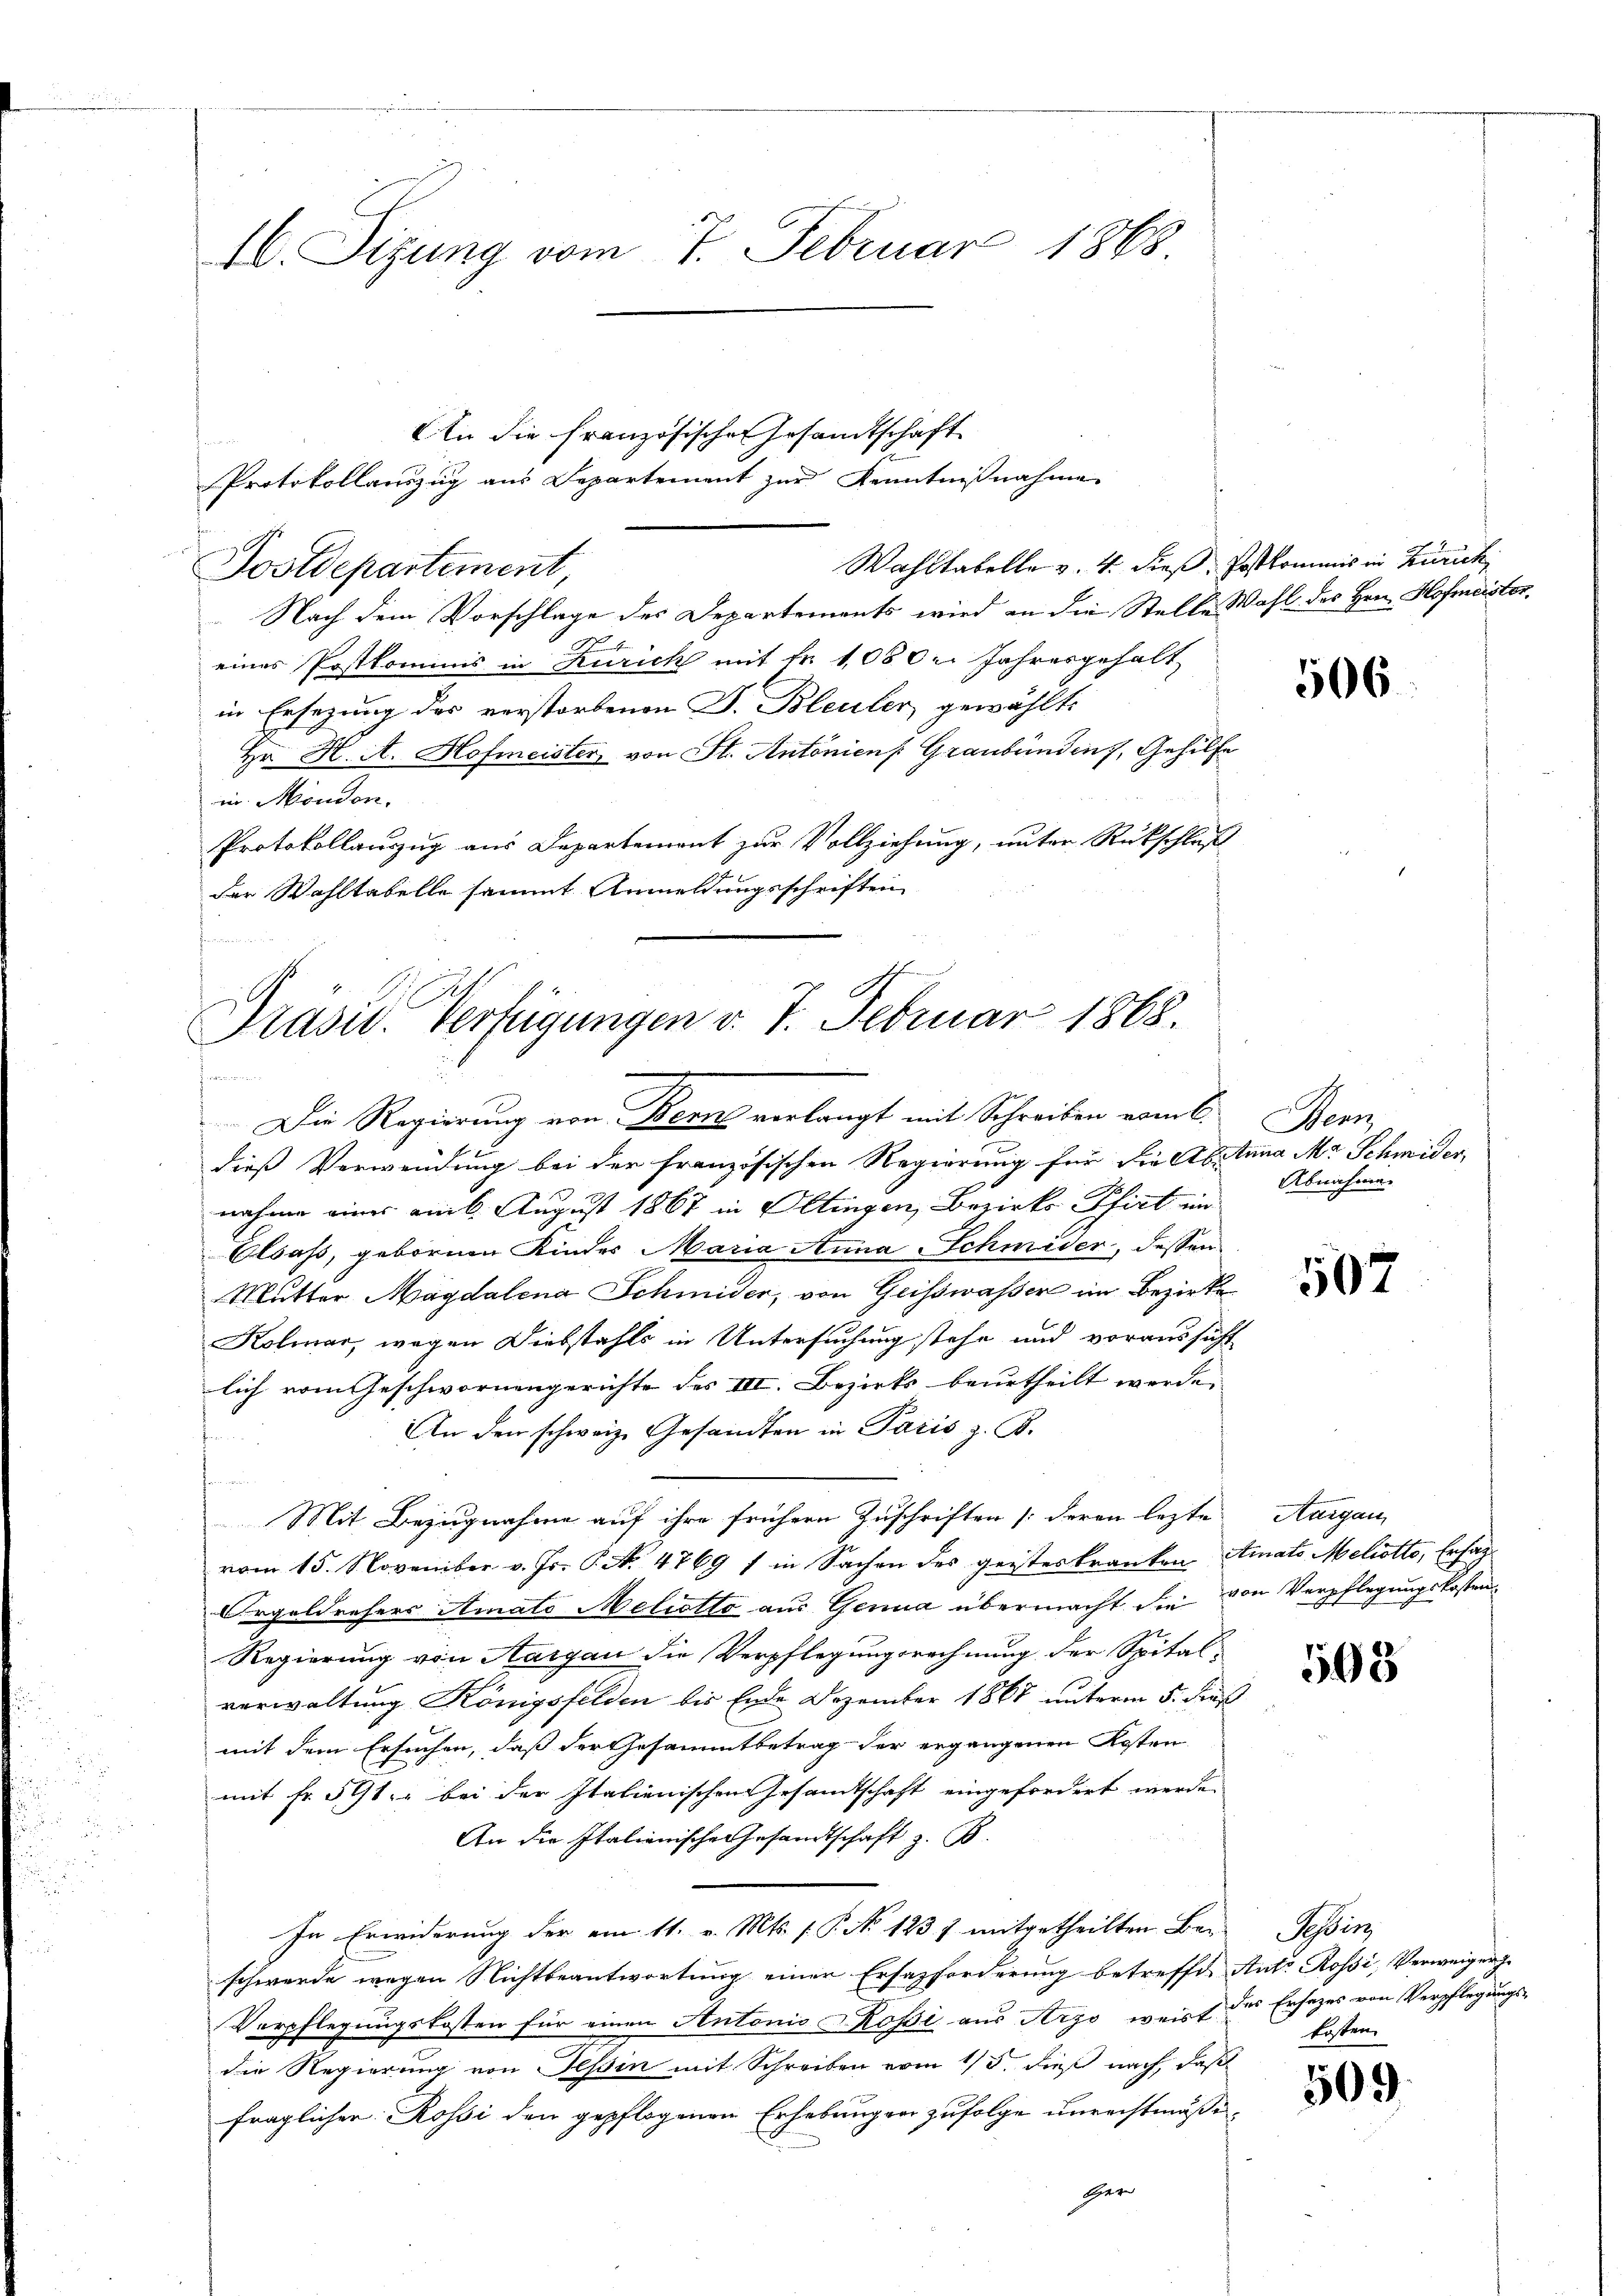
46. Sizung vom 7. Februar 1868

An die französischen Gesandtschaft
Protokollauszug aus Departement zur Kenntnißnahme
Wahltabelle v. 4. dieß. Postkommis in Zürich,
Postdepartement,
Nach dem Vorschlage des Departements wird an die Stelle Wahl des Hrn. Hofmeistoreines Postkommnis in Zürich mit Fr. 1050 r. Jahresgehalt
in Ersezung des verstorbenen J. Bleuler gewählt.
Hr. H. A. Hofmeister von St. Antonien Graubünden, Gehilfe
in Moudon.
Protokollauszug aus Departement zur Vollziehung, unter Rückschluß
der Wahltabelle sammt Anmeldungsschriften

Präsid. Verfügungen v. 7. Februar 1868.

e
Die Regierung von Bern verlangt mit Schreiben vom 6. Bern,
dieß Verwendung bei der französischen Regierung für die Abstina Mr. Schmider,
nahme einer am 6. August 1867 in Oltingen, Bezirks- Pfirt im
Elsass, gebornen Kinder Maria Anna Schmider, dessen
Mutter Magdalena Schmider, von Geisswasser im Bezirks¬
Kolmar, wegen Diebstahls in Untersuchung stehe und voraussicht
lich vom Geschwornengerichte des III. Bezirks beurtheilt werde.
An den schweiz. Gesandten in Paris z. B.
Mit Bezugnahme auf ihre frühern Zuschriften [deren lezte
vom 15. November v. Js. P. N. 4769 / in Sachen des geisteskranken. Ainats Meliotts, Ersag¬
Orgeldrehers Amato Meliotto aus Genua übermacht die von Verpflegungskosten¬
Regierung von Aargau die Verpflegungsrechnung der Spital-
verwaltung Königsfelden bis Ende Dezember 1867 unterm 5. Fuß
mit dem Ersuchen, daß der Gesammtbetrag der ergangenen Kosten
mit Fr. 501. bei der Italienischen Gesamtschaft eingefordert werde.
An die Italianische Gesandtschaft z. B.
In Erwiderung der am 11. v. Mts. P. No 123 f. mitgetheilten Bern Tessin,
schwerde wegen Nichtbeantwortung einer Ersatzforderung betreffe, Ant. Rossi, Verweiger
Verpflegungskosten für einen Antonio ossi aus Argo, weiss des Ersezes von Verpflegungs-
die Regierung von Tessin mit Schreiben vom 15. dieß nach, daß
fraglicher Rossi den gepflogenen Erhebungen zufolge unrechtmäßi¬
Her

506

Abnahme.

507

Aargau

598

kosten

509